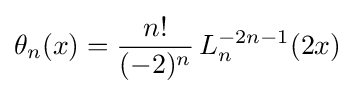
\theta _{n}(x)={\frac {n!}{(-2)^{n}}}\,L_{n}^{-2n-1}(2x)